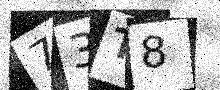
Text: 73T8